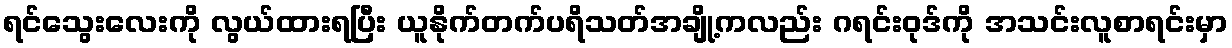
ရင်သွေးလေးကို လွယ်ထားရပြီး ယူနိုက်တက်ပရိသတ်အချို့ကလည်း ဂရင်းဝုဒ်ကို အသင်းလူစာရင်းမှာ